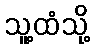
သူ့ထံသို့